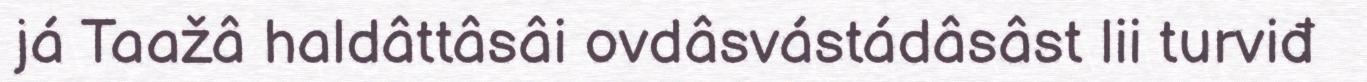
já Taažâ haldâttâsâi ovdâsvástádâsâst lii turviđ